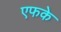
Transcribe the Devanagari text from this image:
एफके